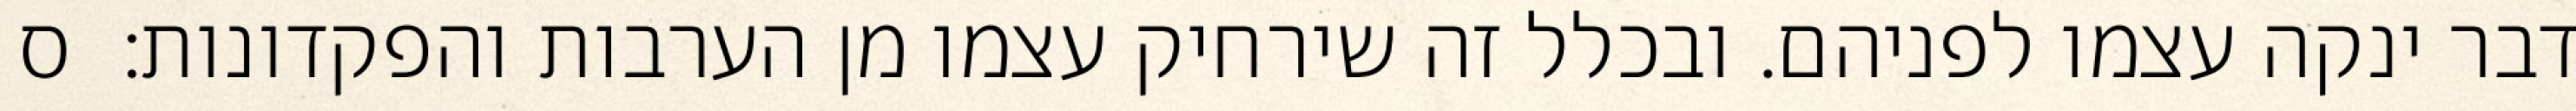
דבר ינקה עצמו לפניהם. ובכלל זה שירחיק עצמו מן הערבות והפקדונות:  ס